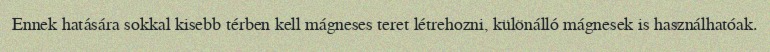
Ennek hatására sokkal kisebb térben kell mágneses teret létrehozni, különálló mágnesek is használhatóak.